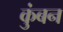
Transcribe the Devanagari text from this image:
कुंबन